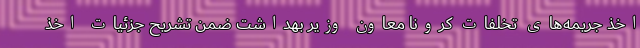
اخذ جریمه‌های تخلفات کرونا معاون وزیر بهداشت ضمن تشریح جزئیات اخذ